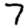
Digit: 7